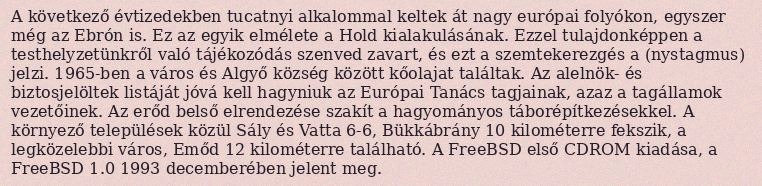
A következő évtizedekben tucatnyi alkalommal keltek át nagy európai folyókon, egyszer még az Ebrón is. Ez az egyik elmélete a Hold kialakulásának. Ezzel tulajdonképpen a testhelyzetünkről való tájékozódás szenved zavart, és ezt a szemtekerezgés a (nystagmus) jelzi. 1965-ben a város és Algyő község között kőolajat találtak. Az alelnök- és biztosjelöltek listáját jóvá kell hagyniuk az Európai Tanács tagjainak, azaz a tagállamok vezetőinek. Az erőd belső elrendezése szakít a hagyományos táborépítkezésekkel. A környező települések közül Sály és Vatta 6-6, Bükkábrány 10 kilométerre fekszik, a legközelebbi város, Emőd 12 kilométerre található. A FreeBSD első CDROM kiadása, a FreeBSD 1.0 1993 decemberében jelent meg.